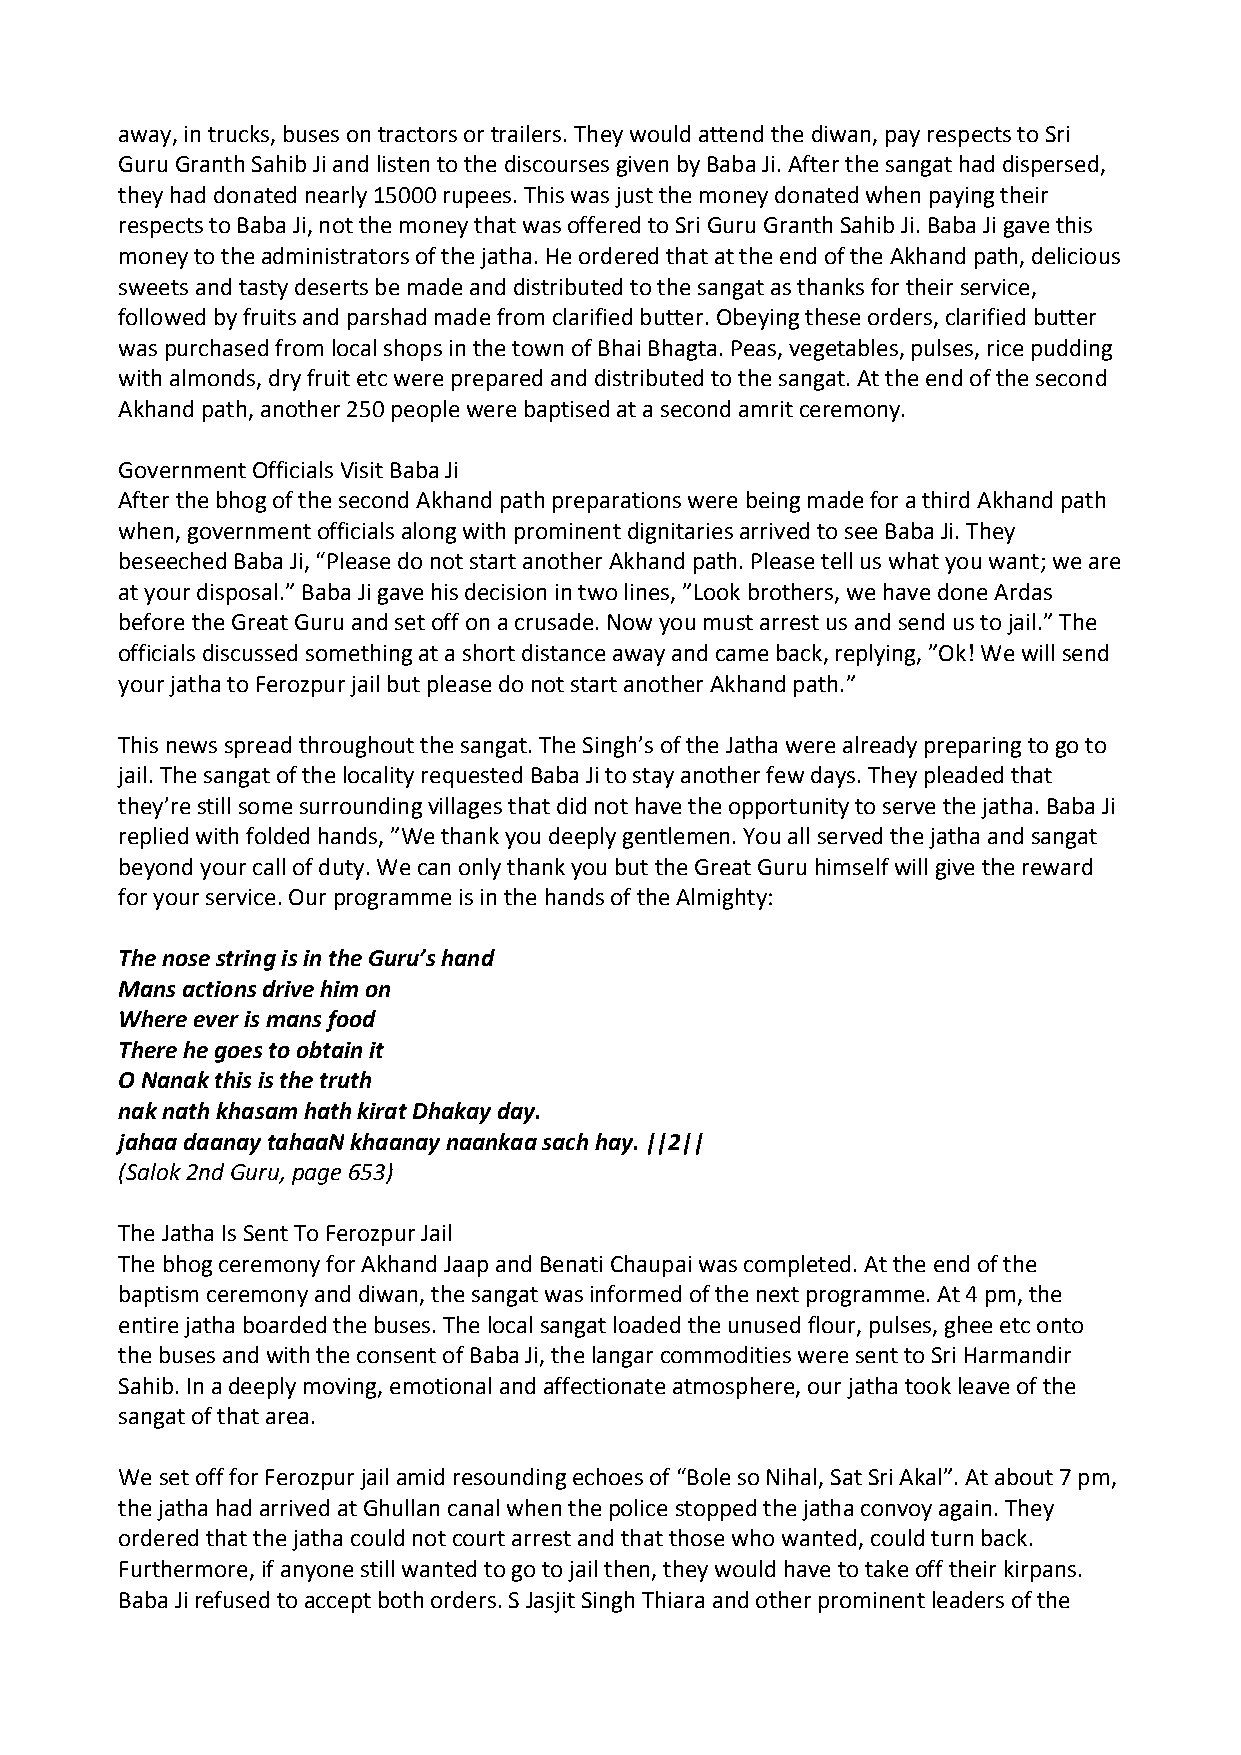
away, in trucks, buses on tractors or trailers. They would attend the diwan, pay respects to Sri
 Guru Granth Sahib Ji and listen to the discourses given by Baba Ji. After the sangat had dispersed,
 they had donated nearly 15000 rupees. This was just the money donated when paying their
 respects to Baba Ji, not the money that was offered to Sri Guru Granth Sahib Ji. Baba Ji gave this
 money to the administrators of the jatha. He ordered that at the end of the Akhand path, delicious
 sweets and tasty deserts be made and distributed to the sangat as thanks for their service,
 followed by fruits and parshad made from clarified butter. Obeying these orders, clarified butter
 was purchased from local shops in the town of Bhai Bhagta. Peas, vegetables, pulses, rice pudding
 with almonds, dry fruit etc were prepared and distributed to the sangat. At the end of the second
 Akhand path, another 250 people were baptised at a second amrit ceremony.
 Government Officials Visit Baba Ji
 After the bhog of the second Akhand path preparations were being made for a third Akhand path
 when, government officials along with prominent dignitaries arrived to see Baba Ji. They
 beseeched Baba Ji, “Please do not start another Akhand path. Please tell us what you want; we are
 at your disposal.” Baba Ji gave his decision in two lines, ”Look brothers, we have done Ardas
 before the Great Guru and set off on a crusade. Now you must arrest us and send us to jail.” The
 officials discussed something at a short distance away and came back, replying, ”Ok! We will send
 your jatha to Ferozpur jail but please do not start another Akhand path.”
 This news spread throughout the sangat. The Singh’s of the Jatha were already preparing to go to
 jail. The sangat of the locality requested Baba Ji to stay another few days. They pleaded that
 they’re still some surrounding villages that did not have the opportunity to serve the jatha. Baba Ji
 replied with folded hands, ”We thank you deeply gentlemen. You all served the jatha and sangat
 beyond your call of duty. We can only thank you but the Great Guru himself will give the reward
 for your service. Our programme is in the hands of the Almighty:
 The nose string is in the Guru’s hand
 Mans actions drive him on
 Where ever is mans food
 There he goes to obtain it
 O Nanak this is the truth
 nak nath khasam hath kirat Dhakay day.
 jahaa daanay tahaaN khaanay naankaa sach hay. ||2||
 (Salok 2nd Guru, page 653)
 The Jatha Is Sent To Ferozpur Jail
 The bhog ceremony for Akhand Jaap and Benati Chaupai was completed. At the end of the
 baptism ceremony and diwan, the sangat was informed of the next programme. At 4 pm, the
 entire jatha boarded the buses. The local sangat loaded the unused flour, pulses, ghee etc onto
 the buses and with the consent of Baba Ji, the langar commodities were sent to Sri Harmandir
 Sahib. In a deeply moving, emotional and affectionate atmosphere, our jatha took leave of the
 sangat of that area.
 We set off for Ferozpur jail amid resounding echoes of “Bole so Nihal, Sat Sri Akal”. At about 7 pm,
 the jatha had arrived at Ghullan canal when the police stopped the jatha convoy again. They
 ordered that the jatha could not court arrest and that those who wanted, could turn back.
 Furthermore, if anyone still wanted to go to jail then, they would have to take off their kirpans.
 Baba Ji refused to accept both orders. S Jasjit Singh Thiara and other prominent leaders of the